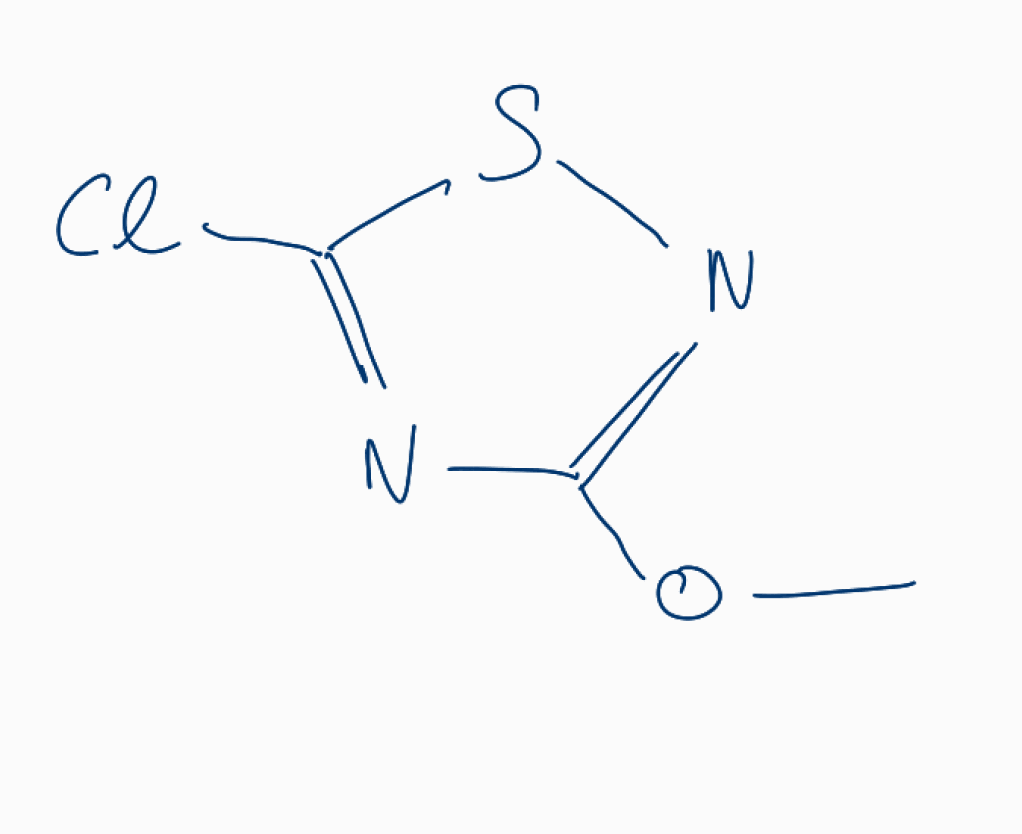
Simplified molecular-input line-entry system (SMILES) notation of the given molecule:
COC1=NSC(=N1)Cl